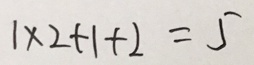
1 \times 2 + 1 + 2 = 5